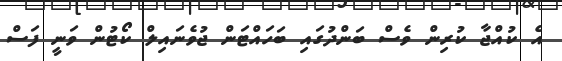
އެ ކުއްޖާ ކުރިން ވެސް ބަންދުގައި ބަހައްޓަން ޖުވެނައިލް ކޯޓުން ވަނީ ފަސް